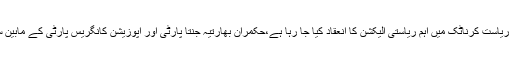
12 مئی2018ء) بھارتی ریاست کرناٹک میں اہم ریاستی الیکشن کا انعقاد کیا جا رہا ہے،حکمران بھارتیہ جنتا پارٹی اور اپوزیشن کانگریس پارٹی کے مابین سخت مقابلے کی توقع ہے۔